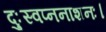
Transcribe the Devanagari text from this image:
दुःस्वप्ननाशनः।